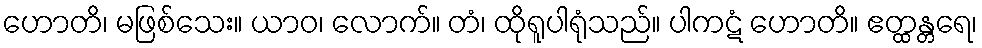
ဟောတိ၊ မဖြစ်သေး။ ယာဝ၊ လောက်။ တံ၊ ထိုရူပါရုံသည်။ ပါကဋံ ဟောတိ။ ဧတ္ထန္တရေ၊